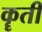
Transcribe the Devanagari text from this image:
कॄती